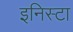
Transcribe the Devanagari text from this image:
इनिस्टा